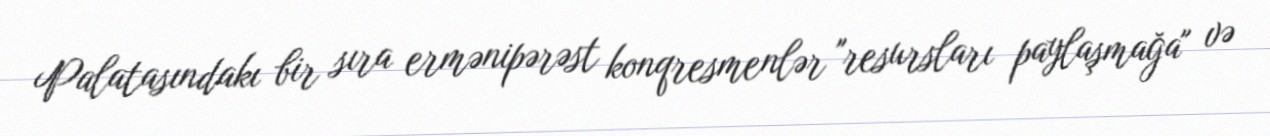
Palatasındakı bir sıra ermənipərəst konqresmenlər "resursları paylaşmağa" və